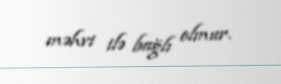
məhvi ilə bağlı olmur.